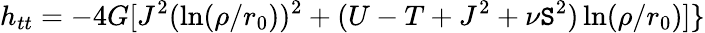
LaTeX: h_{tt}=-4G[J^{2}(\ln(\rho/r_{0}))^{2}+(U-T+J^{2}+\nu\mathtt{S}^{2})\ln(\rho/r_{0})]\}